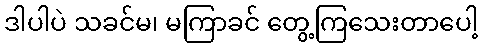
ဒါပါပဲ သခင်မ၊ မကြာခင် တွေ့ကြသေးတာပေါ့